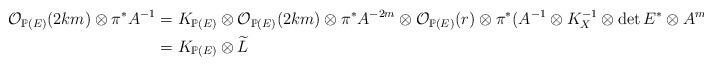
LaTeX: \begin{align*}\mathcal{O}_{ \mathbb{P}(E) }(2km) \otimes \pi^{*}A^{-1}&=K_{\mathbb{P}(E)} \otimes \mathcal{O}_{ \mathbb{P}(E) }(2km) \otimes \pi^{*}A^{-2m} \otimes\mathcal{O}_{ \mathbb{P}(E) }(r) \otimes \pi^{*}( A^{-1} \otimes K_{X}^{-1} \otimes \det E^{*} \otimes A^m) \otimes \pi^{*}A^{m }\\&= K_{\mathbb{P}(E)} \otimes \widetilde{ L}\end{align*}